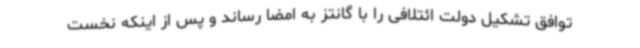
توافق تشکیل دولت ائتلافی را با گانتز به امضا رساند و پس از اینکه نخست